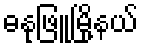
ဓနုဖြူမြို့နယ်